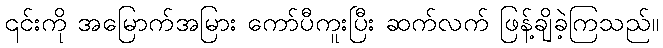
၎င်းကို အမြောက်အမြား ကော်ပီကူးပြီး ဆက်လက် ဖြန့်ချိခဲ့ကြသည်။